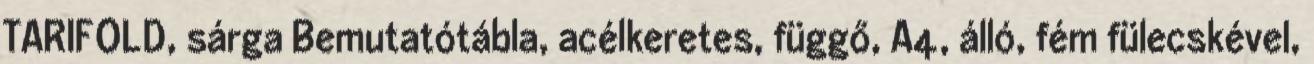
TARIFOLD, sárga Bemutatótábla, acélkeretes, függő, A4, álló, fém fülecskével,